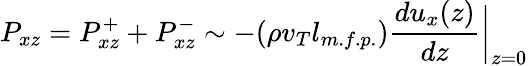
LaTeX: P_{xz}=P_{xz}^{+}+P_{xz}^{-}\sim-(\rho v_{T}l_{m.f.p.})\frac{du_{x}(z)}{dz}\bigg|_{z=0}